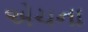
એચના